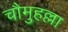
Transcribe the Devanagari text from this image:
चौमुहल्ला